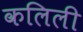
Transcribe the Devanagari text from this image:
कलिली